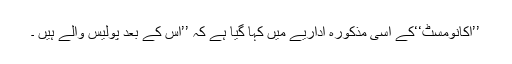
’’اکانومسٹ‘‘کے اسی مذکورہ اداریے میں کہا گیا ہے کہ ’’اس کے بعد پولیس والے ہیں ۔